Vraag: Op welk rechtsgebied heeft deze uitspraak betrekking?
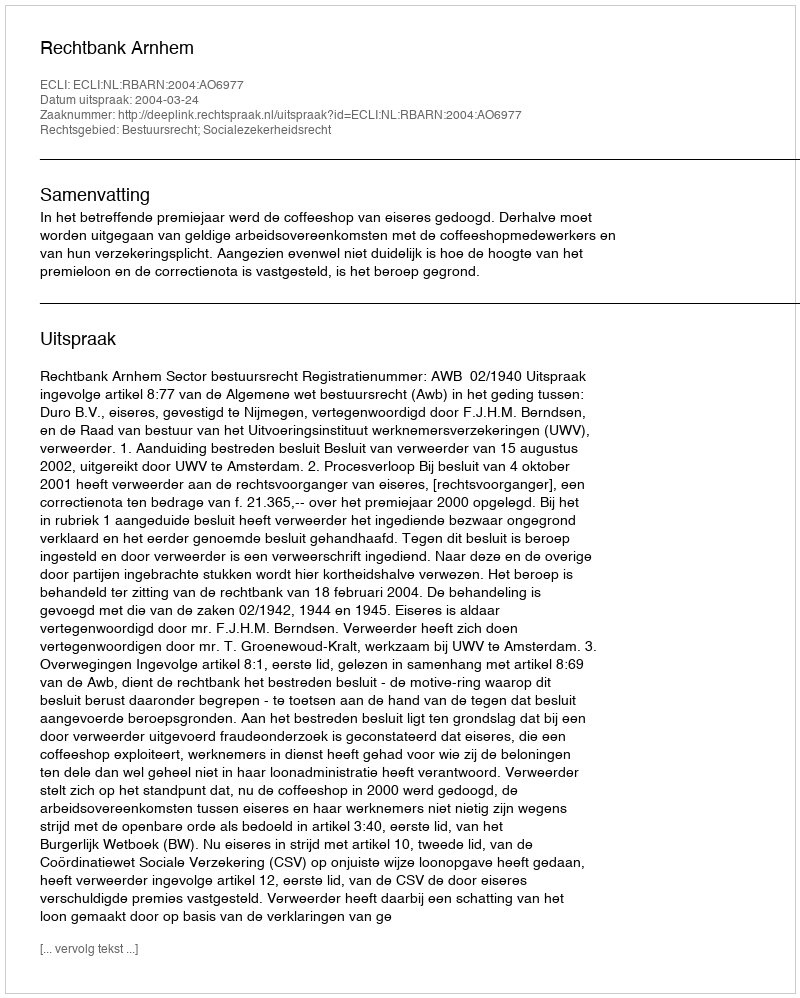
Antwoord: Bestuursrecht; Socialezekerheidsrecht